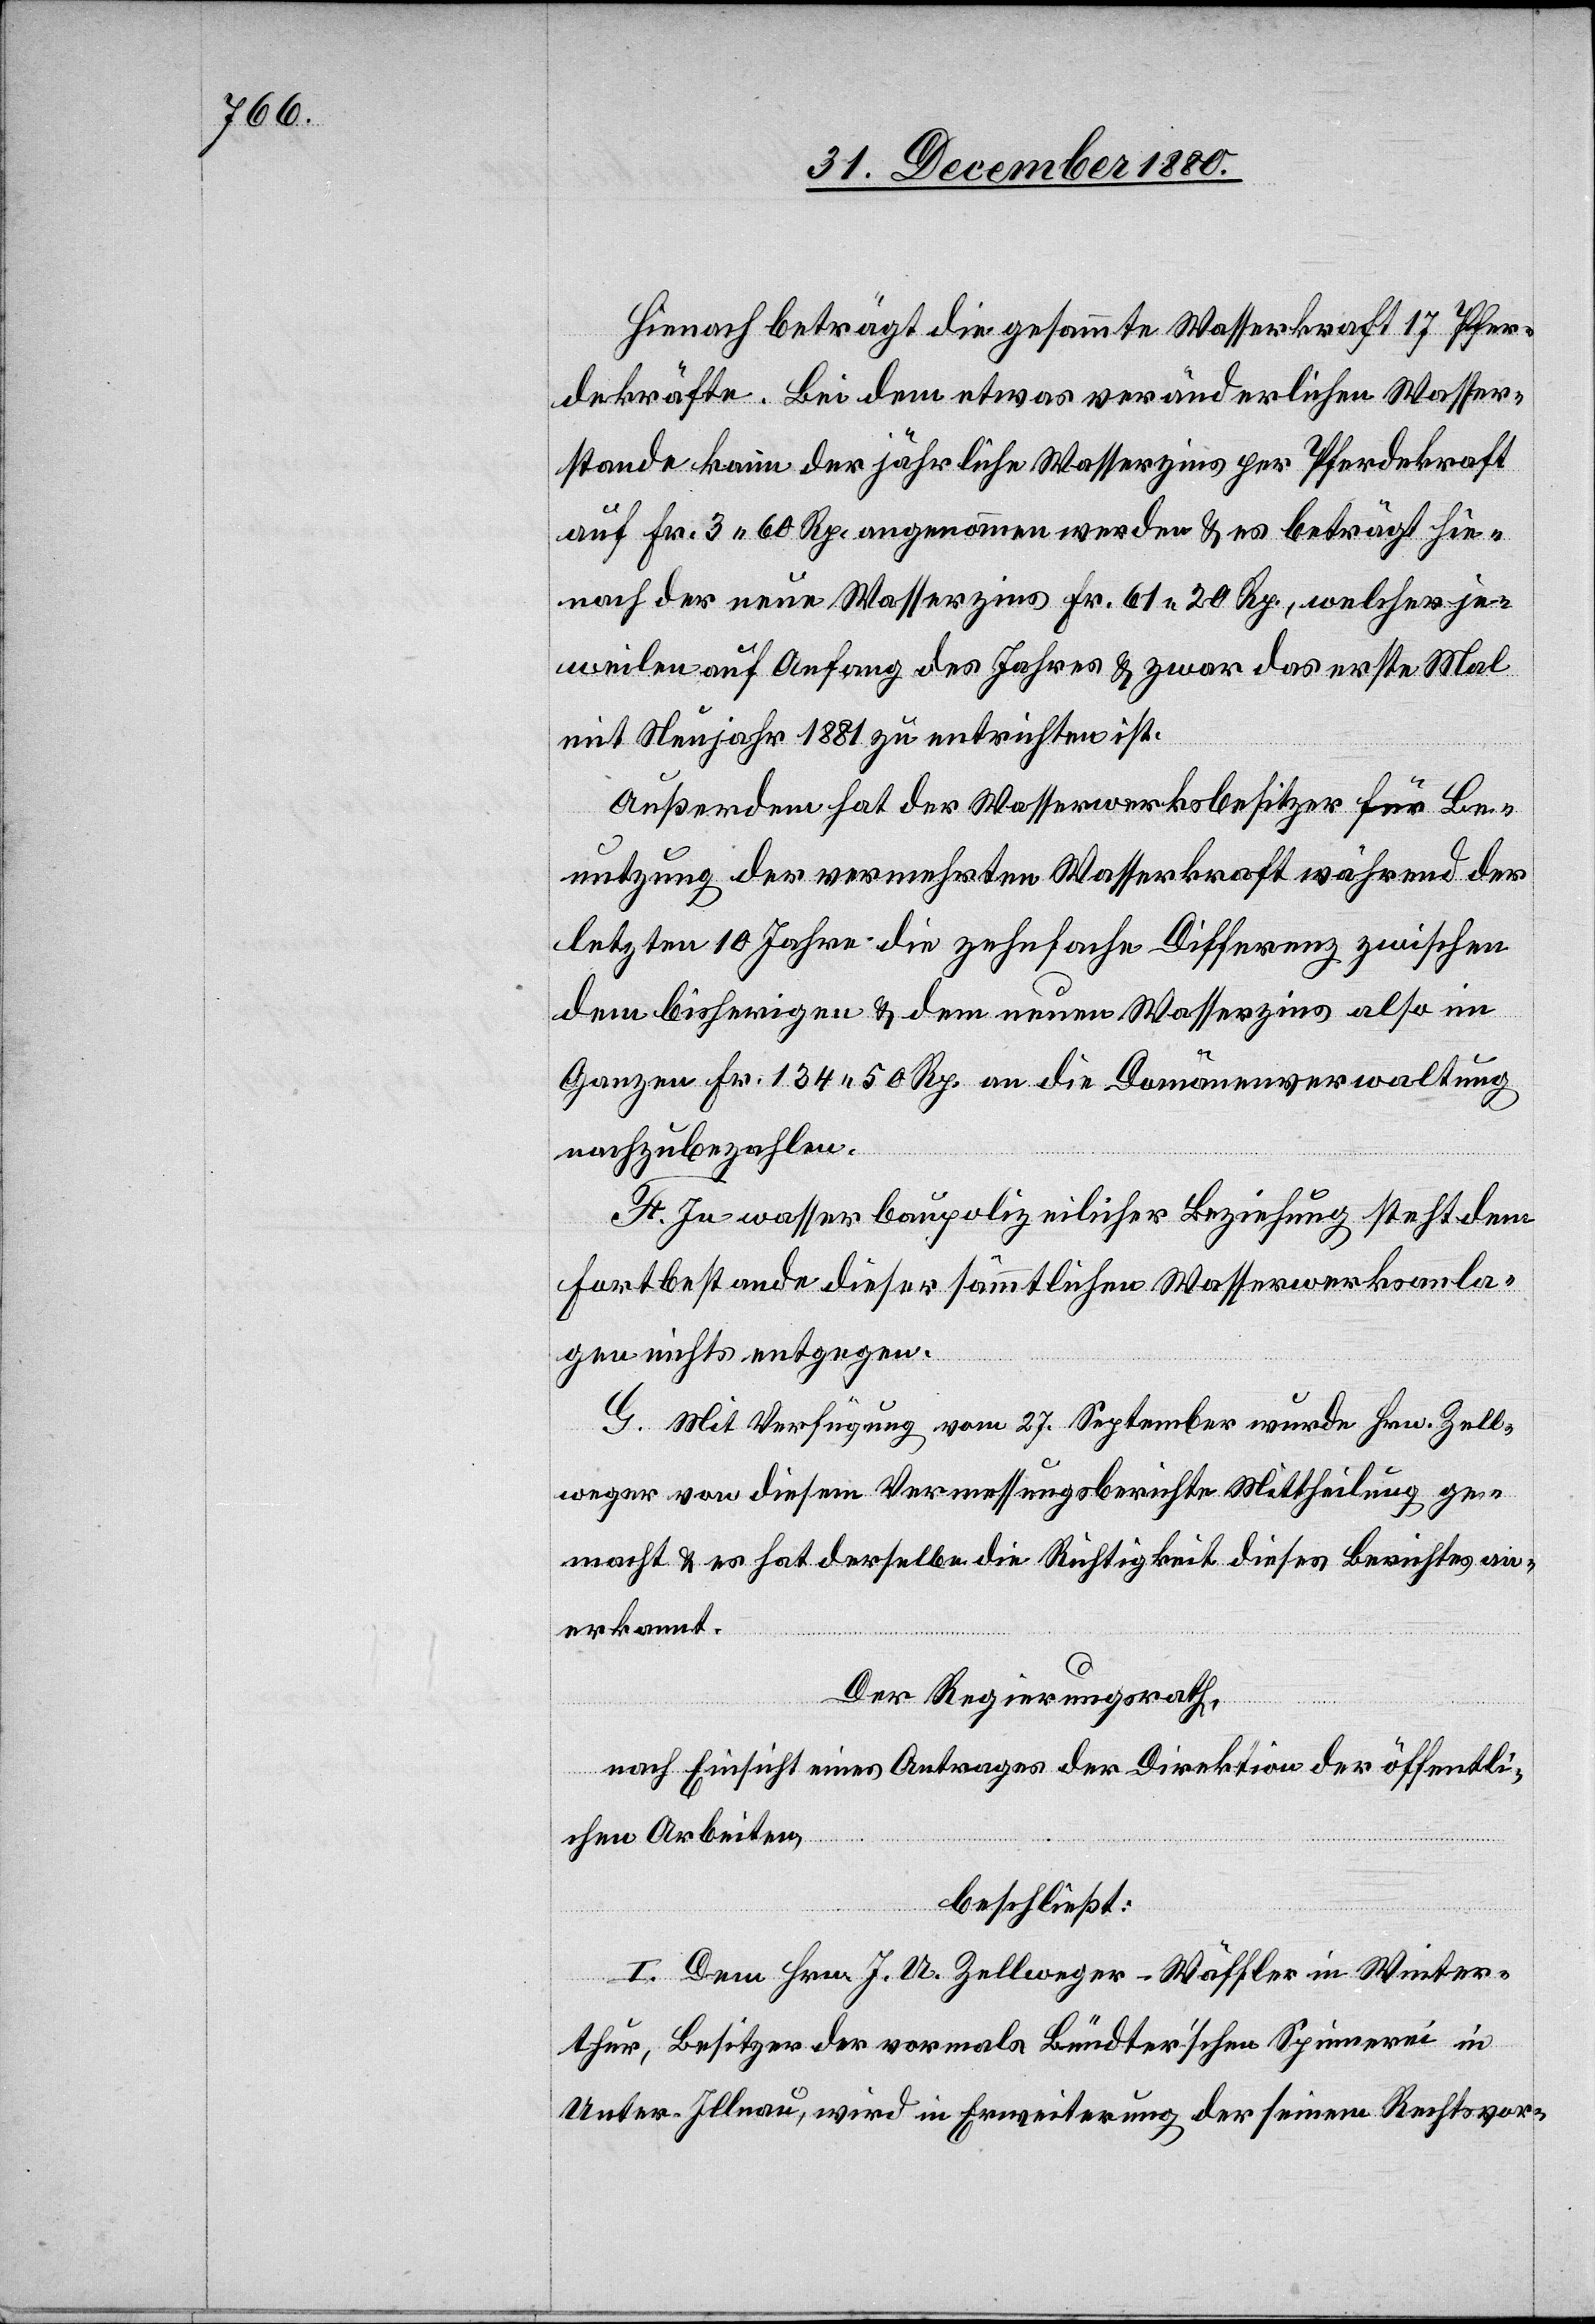
Hienach beträgt die gesammte Wasserkraft 17 Pfer¬
dekräfte. Bei dem etwas veränderlichen Wasser¬
stande kann der jährliche Wasserzins per Pferdekraft
auf Fr. 3 60 Rp. angenommen werden & es beträgt hie¬
nach der neue Wasserzins Fr. 61 20 Rp., welcher je¬
weilen auf Anfang des Jahres & zwar das erste Mal
mit Neujahr 1881 zu entrichten ist.
Außerdem hat der Wasserwerksbesitzer für Be¬
nutzung der vermehrten Wasserkraft während der
letzten 10 Jahre die zehnfache Differenz zwischen
dem bisherigen & dem neuen Wasserzins also im
Ganzen Fr. 134 50 Rp. an die Domänenverwaltung
nachzubezahlen.
F. In wasserbaupolizeilicher Beziehung steht dem
Fortbestande dieser sämmtlichen Wasserwerksanla¬
ge nichts entgegen.
G. Mit Verfügung vom 27. Dezember wurde Hrn. Zell¬
weger von diesem Vermessungsberichte Mittheilung ge¬
macht & es hat derselbe die Richtigkeit dieses Berichtes an¬
erkannt.
Der Regierungsrath,
nach Einsicht eines Antrages der Direktion der öffentli¬
chen Arbeiten,
beschließt:
I. Dem Hrn. J. A. Zellweger-Wäffler in Winter¬
thur, Besitzer der vormals Bündter’schen Spinnerei in
Unter-Illnau, wird in Erweiterung der seinen Rechtsvor-